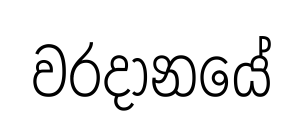
වරදානයේ